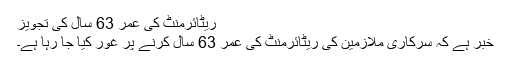
ریٹائرمنٹ کی عمر 63 سال کی تجویز
خبر ہے کہ سرکاری ملازمین کی ریٹائرمنٹ کی عمر 63 سال کرنے پر غور کیا جا رہا ہے۔